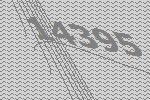
14395